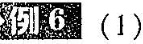
例6(1)